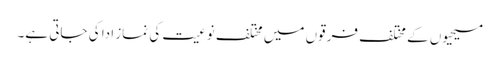
مسیحیوں کے مختلف فرقوں میں مختلف نوعیت کی نماز ادا کی جاتی ہے۔